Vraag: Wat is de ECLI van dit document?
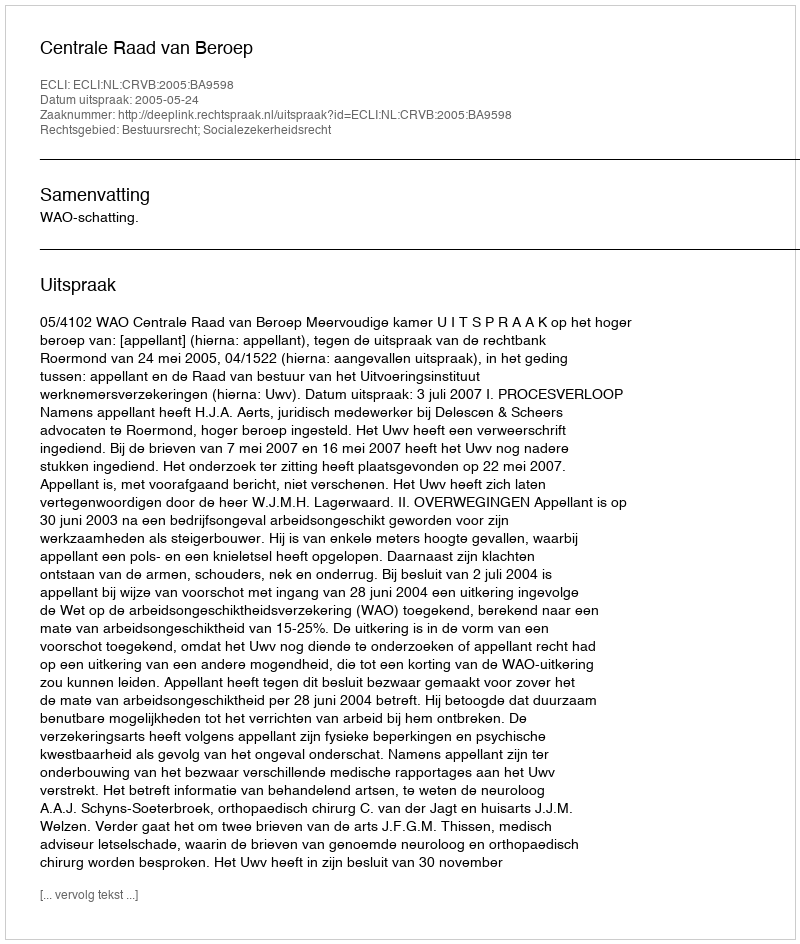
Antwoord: ECLI:NL:CRVB:2005:BA9598